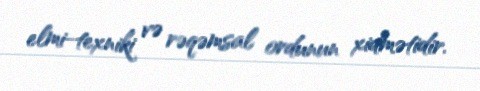
elmi-texniki və rəqəmsal ordunun xidmətidir.